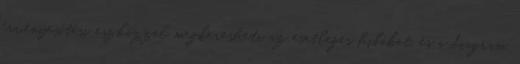
érvényesítési eszközzel megkeresheti az esetleges hibákat, és a diagram